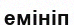
емініп